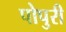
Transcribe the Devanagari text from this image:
पोपुरी